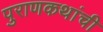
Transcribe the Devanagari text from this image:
पुराणकथांची